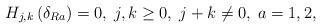
LaTeX: \begin{align*}H_{j,k}\left( \delta _{Ra}\right) =0,\;j,k\geq 0,\;j+k\neq 0,\;a=1,2,\end{align*}